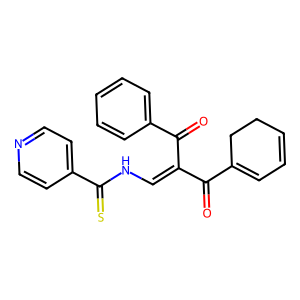
SMILES: O=C(C1=CC=CCC1)C(=CNC(=S)c1ccncc1)C(=O)c1ccccc1
Inhibits HIV replication: No